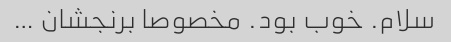
سلام. خوب بود. مخصوصا برنجشان …